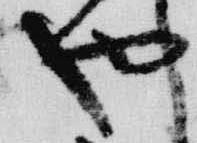
也